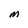
Character: M